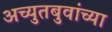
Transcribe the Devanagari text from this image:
अच्युतबुवांच्या